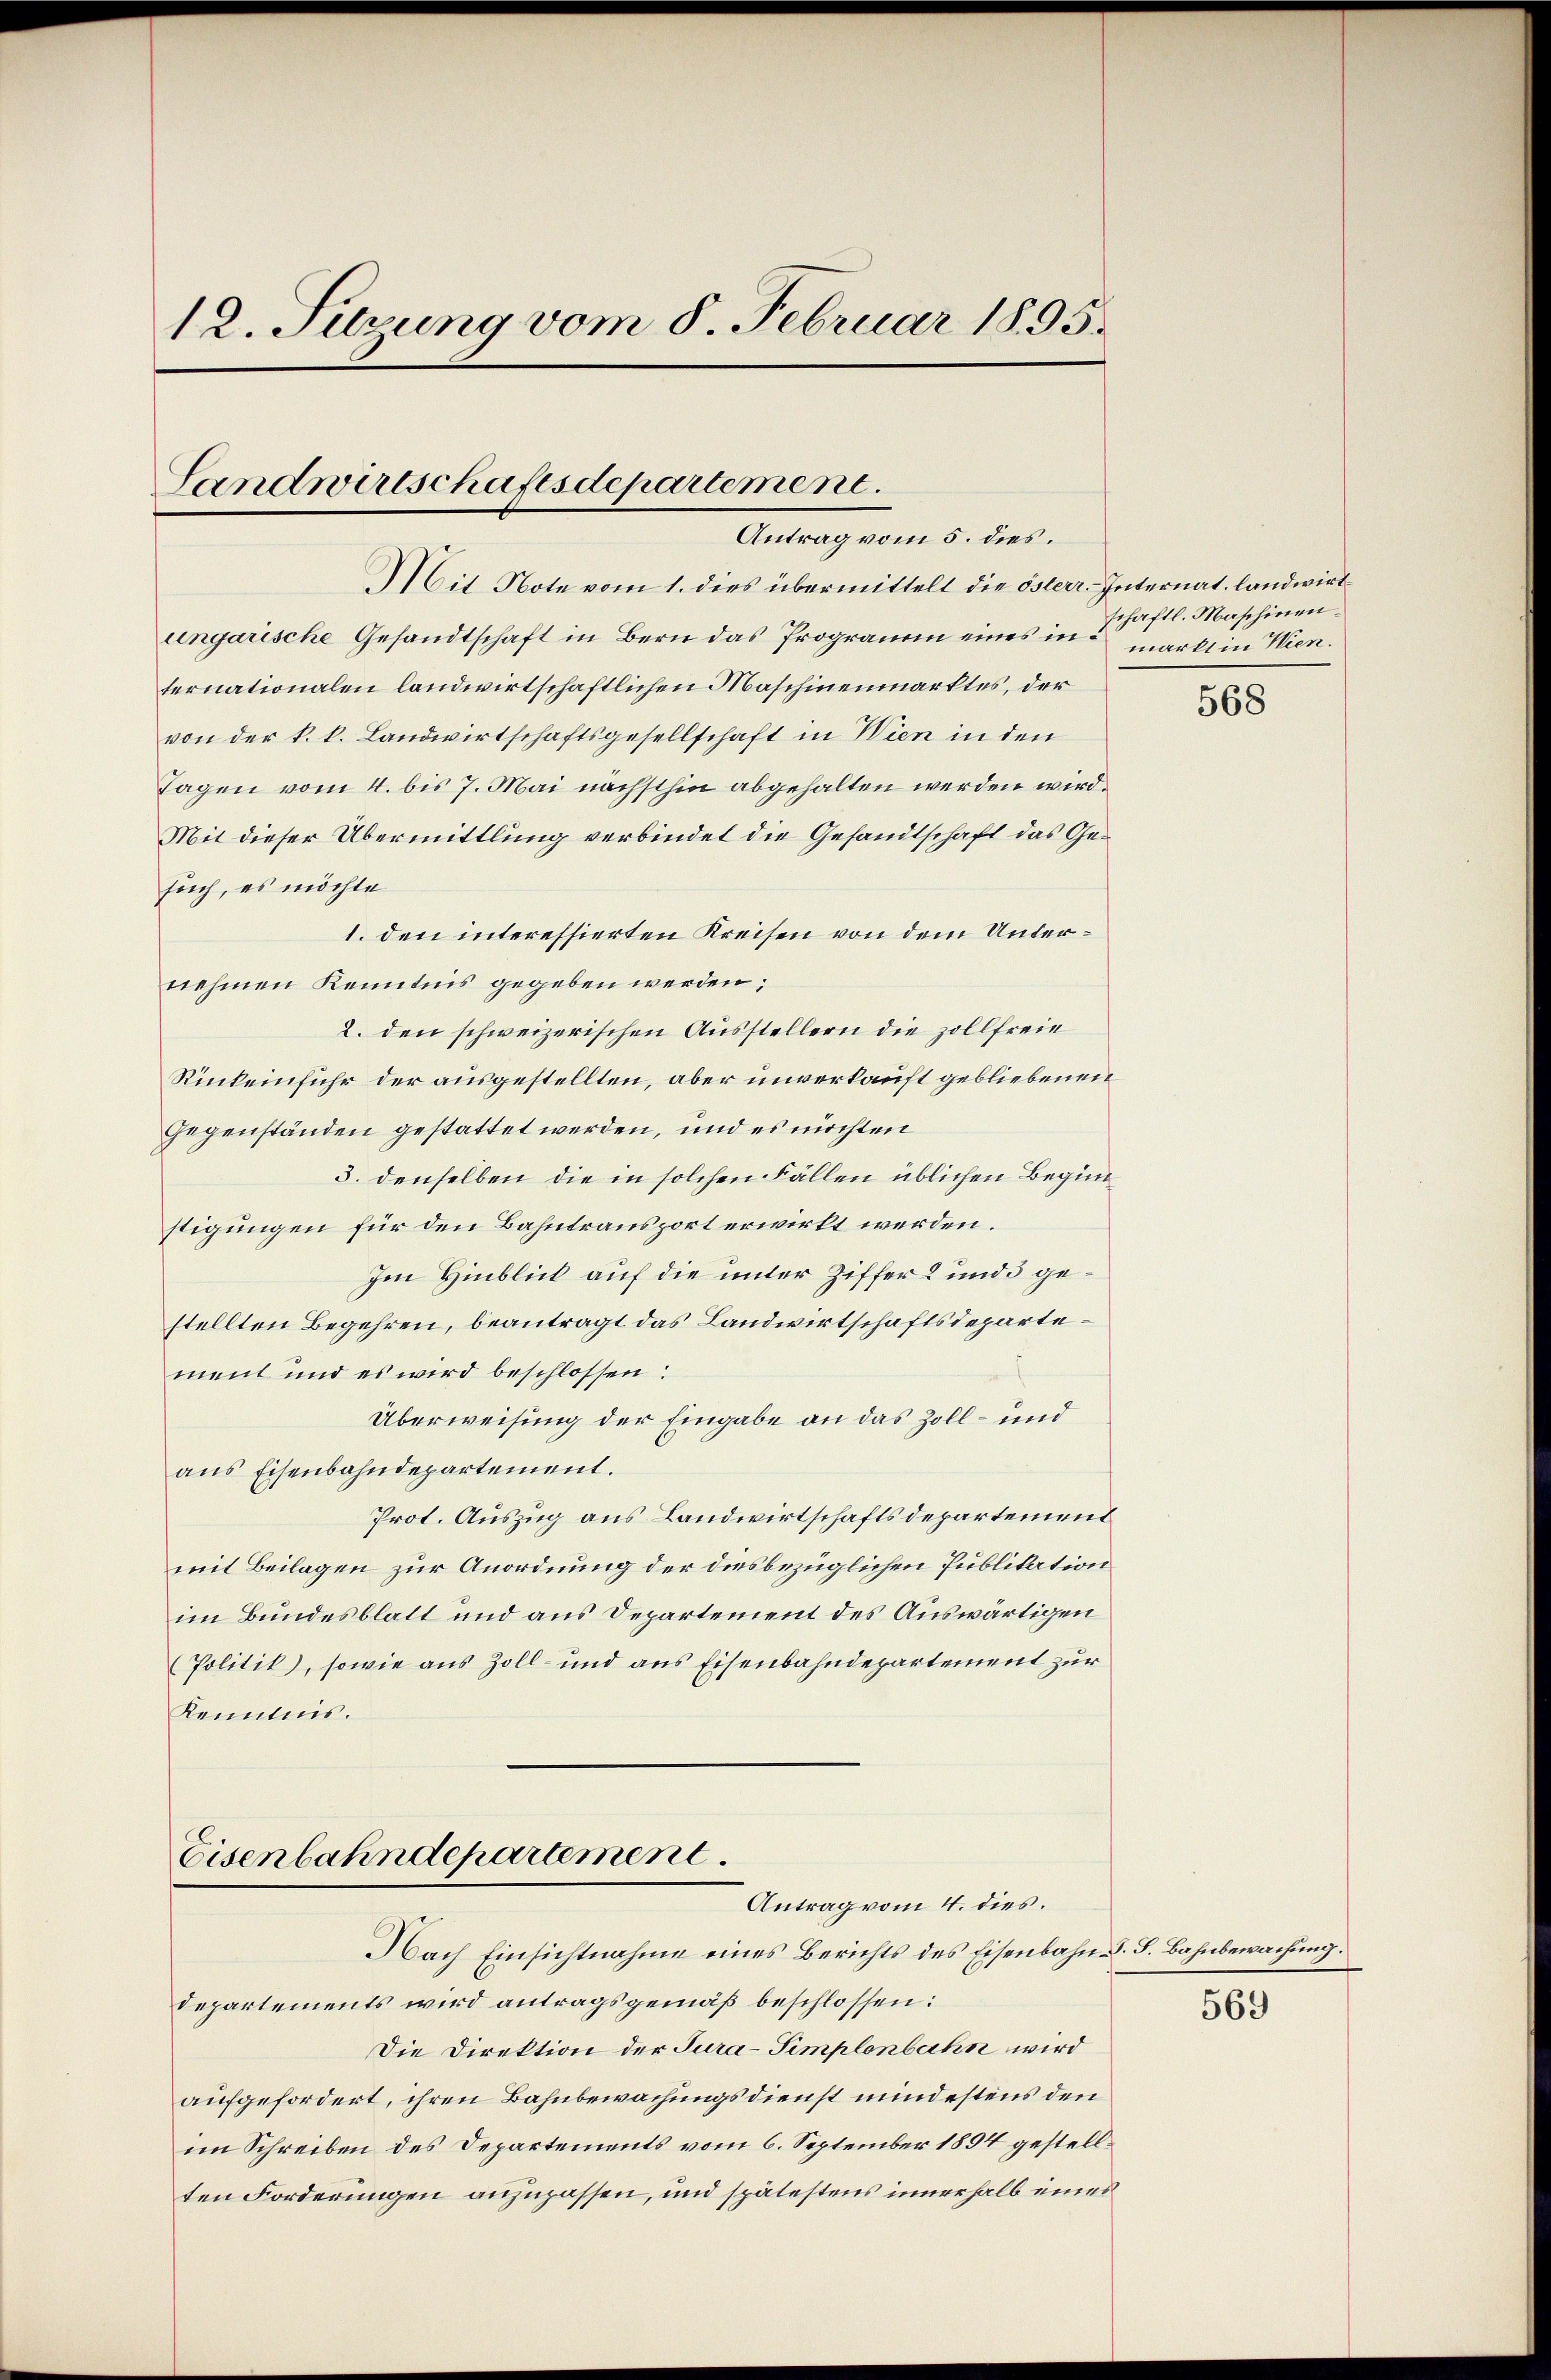
12. Suzung vom 5. Februar 1895.

Landwirtschaftsdepartement.
Antrag vom 5. dies.

Mit Note vom 1. dies übermittelt die österr. Internat, landwirtungarische Gesandtschaft in Bern das Programm eines in markt in Wien.
ternationalen landwirtschaftlichen Maschinenmarktes, der
von der k. k. Landwirtschaftsgesellschaft in Wien in den
Tagen vom 4. bis 7. Mai nächsthin abgehalten werden wird.
Mit dieser Übermittlung verbindet die Gesandtschaft das Gesuch, es möchte
1. den interessierten Kreisen von dem Unternehmen Kenntnis gegeben werden;
2. den schweizerischen Ausstellern die zollfreie
Rückeinfuhr der ausgestellten, aber unverkauft gebliebenen
Gegenständen gestattet werden, und es möchten
3. denselben die in solchen Fällen üblichen Begin
stigungen für den Bahntransport erwirkt werden.
Im Hinblick auf die unter Ziffer 2 und 3 gestellten Begehren, beantragt das Landwirtschaftsdepartement und es wird beschlossen:
Überweisung der Eingabe an das Zoll- und
aus Eisenbahndepartement.
Prot. Auszug aus Landwirtschaftsdepartement
mit Beilagen zur Anordnung der diesbezüglichen Publikation
im Bundesblatt und aus Departement des Auswärtigen
Politik), sowie aus Zoll- und aus Eisenbahndepartement zur
Kenntnis.

Eisenbahndepartement
Antrag vom 4. dies.

Nach Einsichtnahme eines Berichts des Eisenbahn-S. S. Bahnbewachung.
Departements wird antragsgemäß beschlossen:
Die Direktion der Jura-Simplenbahn wird
aufgefordert, ihren Bahnbewachungsdienst mindestens den
im Schreiben des Departements vom 6. September 1894 gestellten Forderungen anzupassen, und spätestens innerhalb eines

schaftl. Maschinen.

568

569